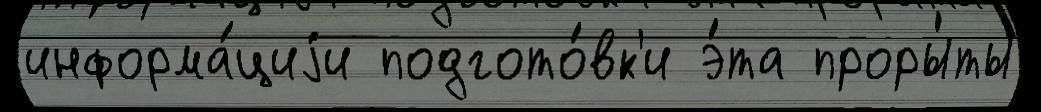
информа́циjи подгото́вк'и э́та проры́ты